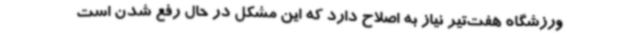
ورزشگاه هفت‌تیر نیاز به اصلاح دارد که این مشکل در حال رفع شدن است